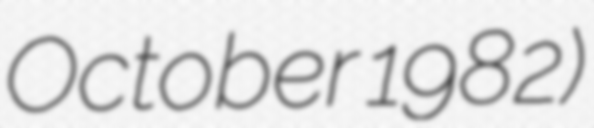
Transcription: October 1982)